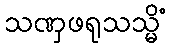
သဏှဖရုသသ္မိံ